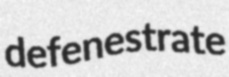
defenestrate